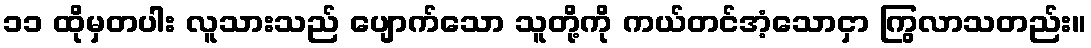
၁၁ ထိုမှတပါး လူသားသည် ပျောက်သော သူတို့ကို ကယ်တင်အံ့သောငှာ ကြွလာသတည်း။